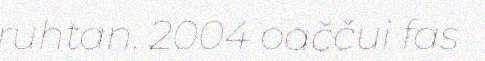
ruhtan. 2004 oaččui fas